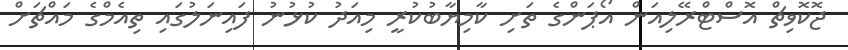
ޖޮކޮވިޗް އޮސްޓްރޭލިއަން އޯޕަންގެ ތަށި ކާމިޔާބުކުރީ މިއަދު ކުޅުނު ފައިނަލުގައި ތިއެމްގެ މައްޗަށް